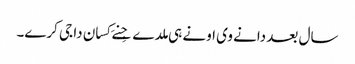
سال بعد دانے وی اونے ہی ملدے جِنے کِسان دا جی کرے۔